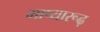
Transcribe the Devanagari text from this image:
भाष्यारूढ़